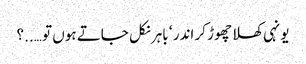
یونہی کھلا چھوڑ کر اندر ‘ باہر نکل جاتے ہوں تو …..؟